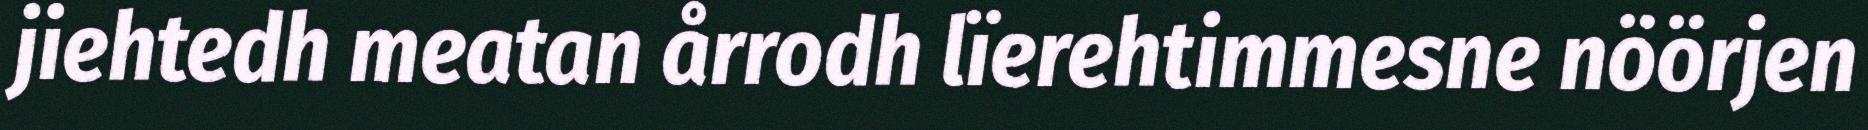
jiehtedh meatan årrodh lïerehtimmesne nöörjen